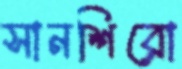
সানশিরো